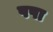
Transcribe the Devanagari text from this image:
पपा